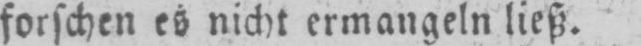
forschen es nicht ermangeln ließ.